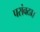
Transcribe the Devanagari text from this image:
परांवठा।